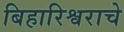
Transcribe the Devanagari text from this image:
बिहारिश्वराचे